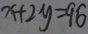
x + 2 y = 9 6